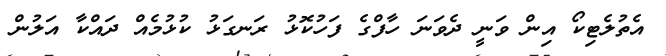
އެތުލެޓިކޯ އިން ވަނީ ދެވަނަ ހާފްގެ ފަހުކޮޅު ރަނގަޅު ކުޅުމެއް ދައްކާ އަލުން